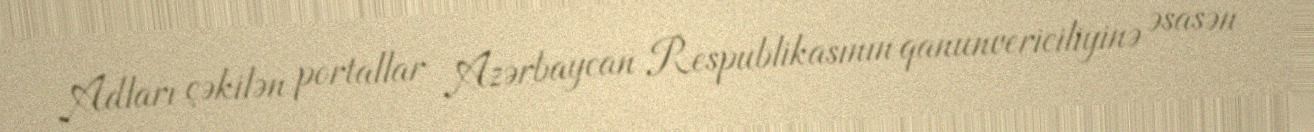
Adları çəkilən portallar Azərbaycan Respublikasının qanunvericiliyinə əsasən